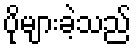
ပိုများခဲ့သည်